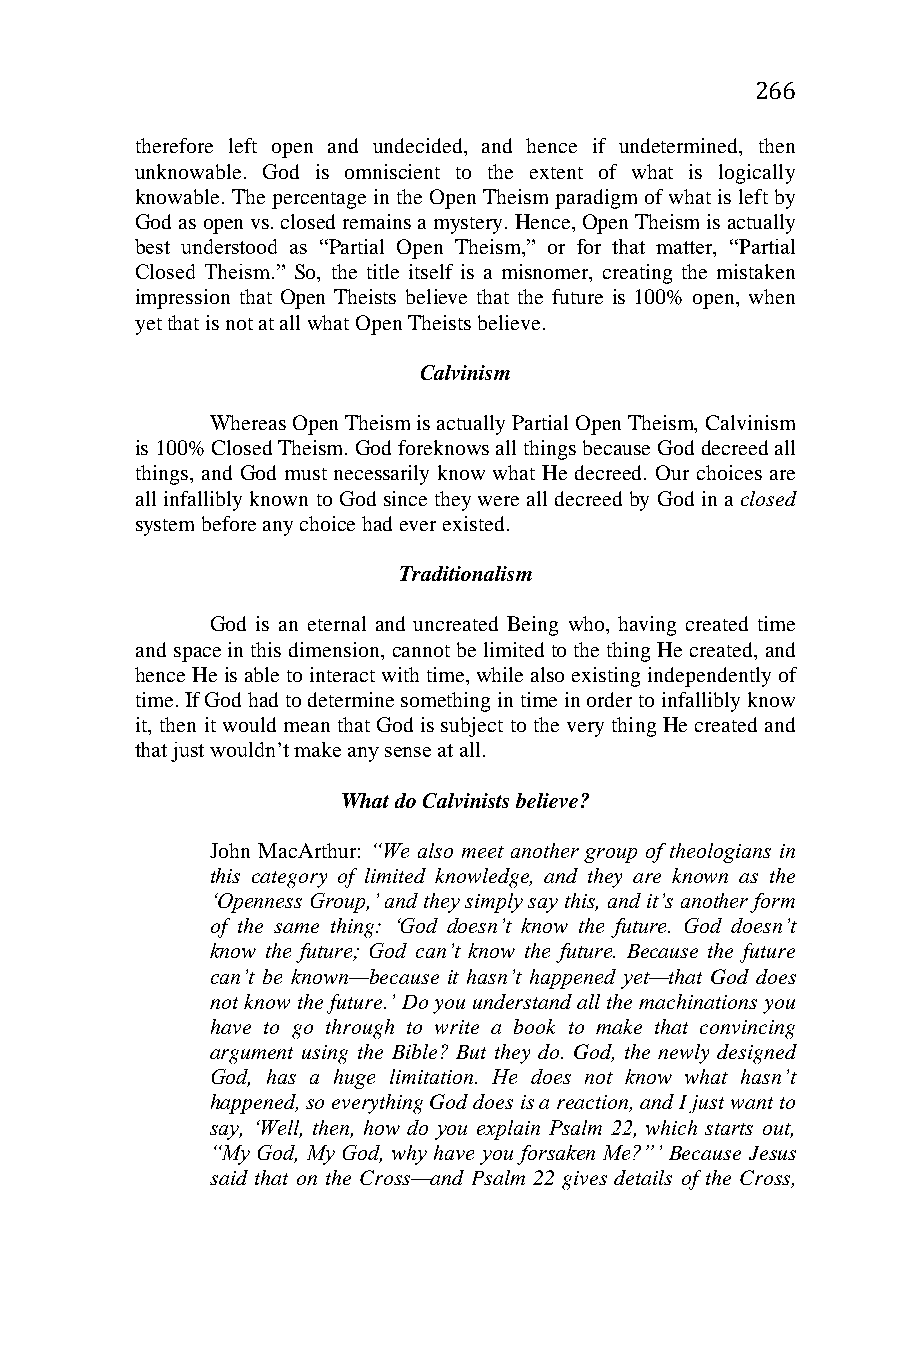
266
 therefore left open and undecided, and hence if undetermined, then
 unknowable. God is omniscient to the extent of what is logically
 knowable. The percentage in the Open Theism paradigm of what is left by
 God as open vs. closed remains a mystery. Hence, Open Theism is actually
 best understood as “Partial Open Theism,” or for that matter, “Partial
 Closed Theism.” So, the title itself is a misnomer, creating the mistaken
 impression that Open Theists believe that the future is 100% open, when
 yet that is not at all what Open Theists believe.
 Calvinism
 Whereas Open Theism is actually Partial Open Theism, Calvinism
 is 100% Closed Theism. God foreknows all things because God decreed all
 things, and God must necessarily know what He decreed. Our choices are
 all infallibly known to God since they were all decreed by God in a closed
 system before any choice had ever existed.
 Traditionalism
 God is an eternal and uncreated Being who, having created time
 and space in this dimension, cannot be limited to the thing He created, and
 hence He is able to interact with time, while also existing independently of
 time. If God had to determine something in time in order to infallibly know
 it, then it would mean that God is subject to the very thing He created and
 that just wouldn’t make any sense at all.
 What do Calvinists believe?
 John MacArthur: “We also meet another group of theologians in
 this category of limited knowledge, and they are known as the
 ‘Openness Group,’ and they simply say this, and it’s another form
 of the same thing: ‘God doesn’t know the future. God doesn’t
 know the future; God can’t know the future. Because the future
 can’t be known—because it hasn’t happened yet—that God does
 not know the future.’ Do you understand all the machinations you
 have to go through to write a book to make that convincing
 argument using the Bible? But they do. God, the newly designed
 God, has a huge limitation. He does not know what hasn’t
 happened, so everything God does is a reaction, and I just want to
 say, ‘Well, then, how do you explain Psalm 22, which starts out,
 “My God, My God, why have you forsaken Me?”’ Because Jesus
 said that on the Cross—and Psalm 22 gives details of the Cross,